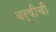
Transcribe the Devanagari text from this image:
वर्षीची